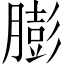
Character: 膨